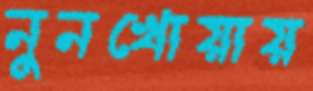
নুনখোয়ায়